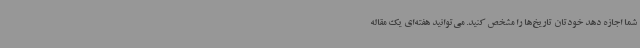
شما اجازه دهد خودتان تاریخ‌ها را مشخص کنید. می‌توانید هفته‌ای یک مقاله